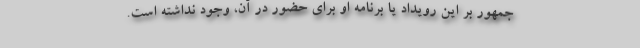
جمهور بر این رویداد یا برنامه او برای حضور در آن، وجود نداشته است.